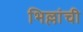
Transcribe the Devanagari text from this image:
भिल्लांची